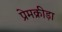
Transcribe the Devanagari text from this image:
प्रेमक्रीड़ा